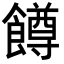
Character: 𬲝